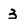
Character: 3